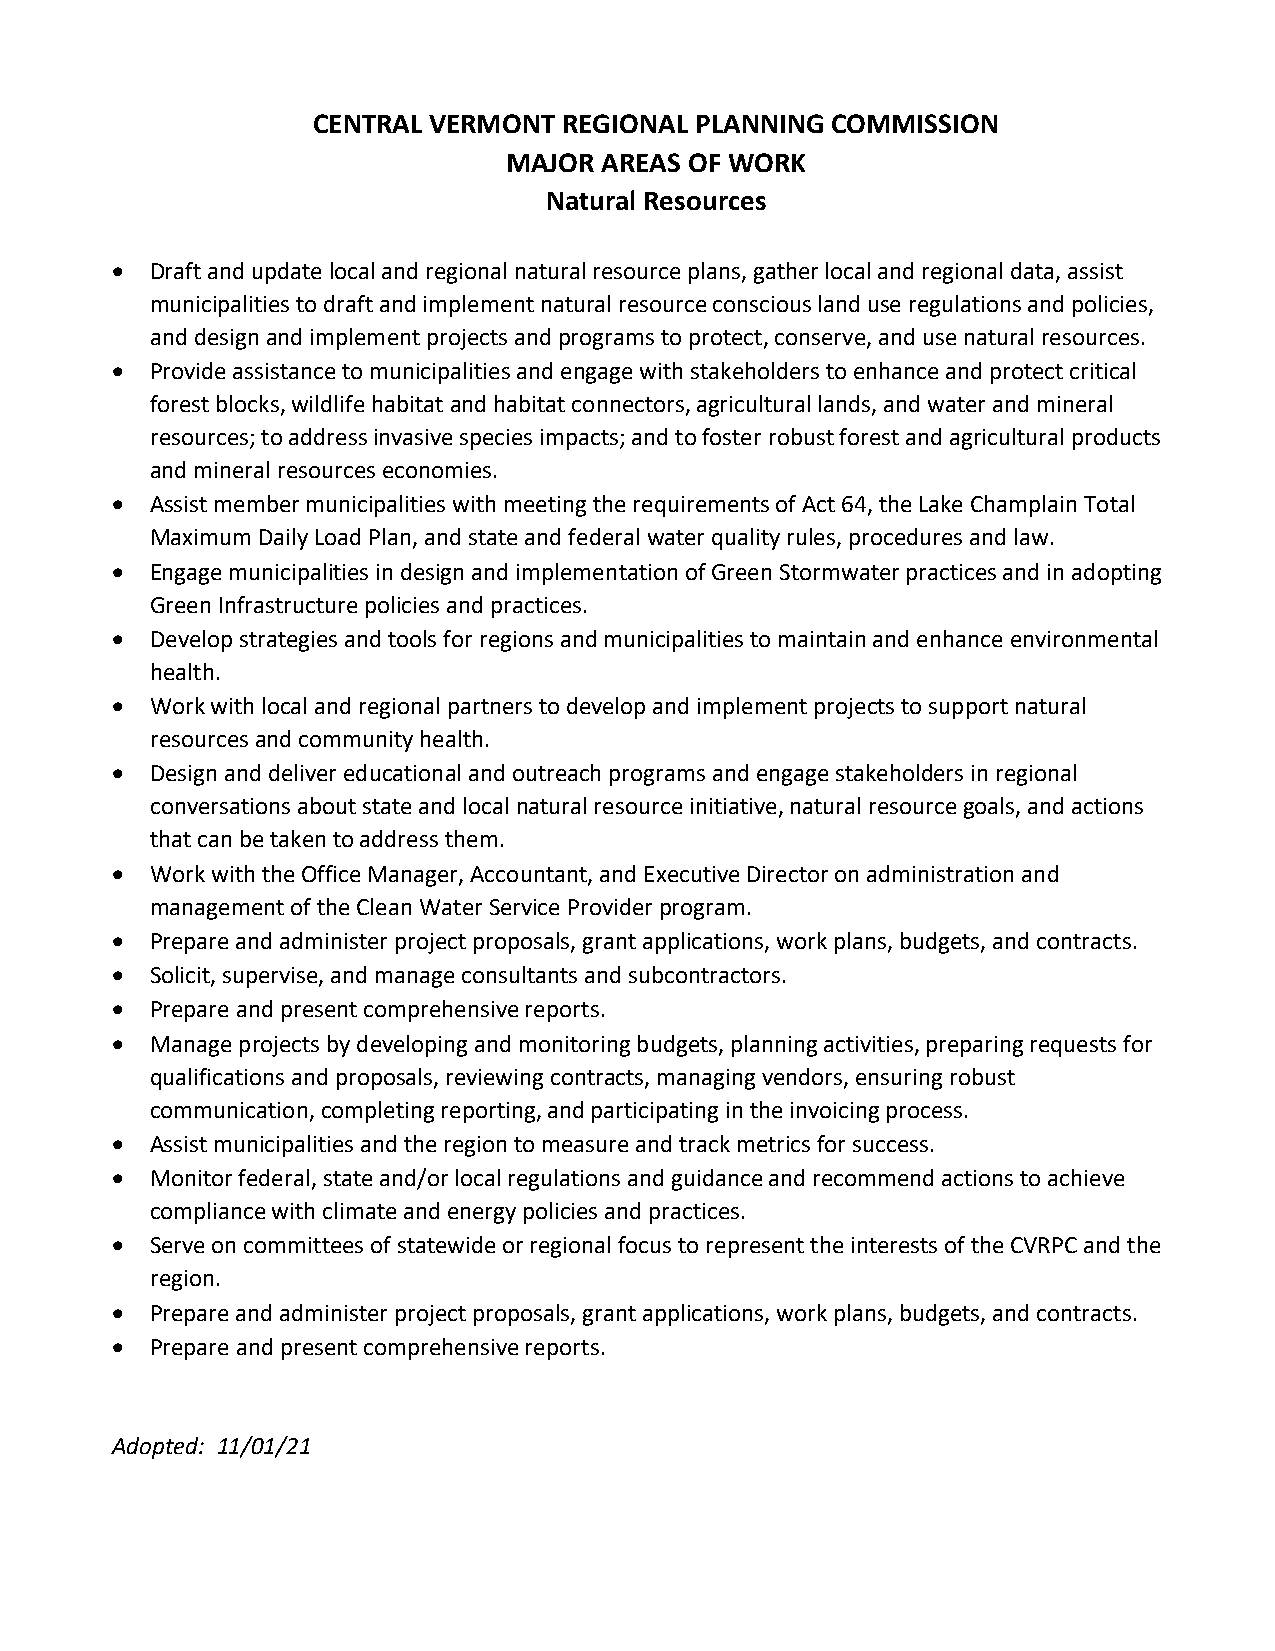
CENTRAL VERMONT REGIONAL PLANNING COMMISSION
 MAJOR AREAS OF WORK
 Natural Resources
   Draft and update local and regional natural resource plans, gather local and regional data, assist
 municipalities to draft and implement natural resource conscious land use regulations and policies,
 and design and implement projects and programs to protect, conserve, and use natural resources.
   Provide assistance to municipalities and engage with stakeholders to enhance and protect critical
 forest blocks, wildlife habitat and habitat connectors, agricultural lands, and water and mineral
 resources; to address invasive species impacts; and to foster robust forest and agricultural products
 and mineral resources economies.
   Assist member municipalities with meeting the requirements of Act 64, the Lake Champlain Total
 Maximum Daily Load Plan, and state and federal water quality rules, procedures and law.
   Engage municipalities in design and implementation of Green Stormwater practices and in adopting
 Green Infrastructure policies and practices.
   Develop strategies and tools for regions and municipalities to maintain and enhance environmental
 health.
   Work with local and regional partners to develop and implement projects to support natural
 resources and community health.
   Design and deliver educational and outreach programs and engage stakeholders in regional
 conversations about state and local natural resource initiative, natural resource goals, and actions
 that can be taken to address them.
   Work with the Office Manager, Accountant, and Executive Director on administration and
 management of the Clean Water Service Provider program.
   Prepare and administer project proposals, grant applications, work plans, budgets, and contracts.
   Solicit, supervise, and manage consultants and subcontractors.
   Prepare and present comprehensive reports.
   Manage projects by developing and monitoring budgets, planning activities, preparing requests for
 qualifications and proposals, reviewing contracts, managing vendors, ensuring robust
 communication, completing reporting, and participating in the invoicing process.
   Assist municipalities and the region to measure and track metrics for success.
   Monitor federal, state and/or local regulations and guidance and recommend actions to achieve
 compliance with climate and energy policies and practices.
   Serve on committees of statewide or regional focus to represent the interests of the CVRPC and the
 region.
   Prepare and administer project proposals, grant applications, work plans, budgets, and contracts.
   Prepare and present comprehensive reports.
 Adopted: 11/01/21